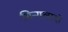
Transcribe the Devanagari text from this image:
मिन्गलादों